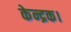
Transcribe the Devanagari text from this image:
केन्द्रक।